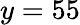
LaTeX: y=55